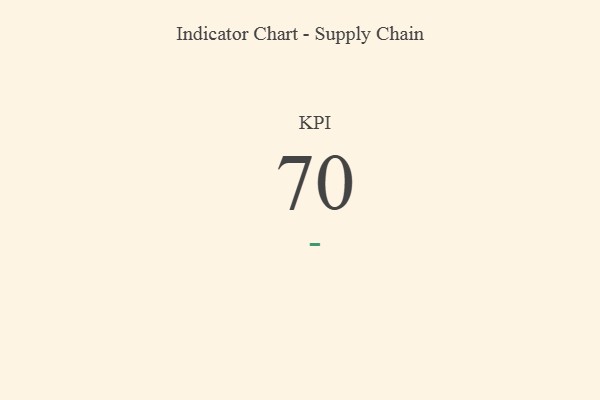
{"axis": {"x": "KPI", "y": "Value"}, "legend": [""], "data": [{"x": "KPI", "y": 70, "type": ""}]}